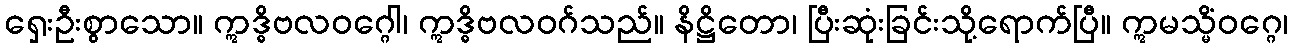
ရှေးဦးစွာသော။ ဣဒ္ဓိဗလဝဂ္ဂေါ၊ ဣဒ္ဓိဗလဝဂ်သည်။ နိဋ္ဌိတော၊ ပြီးဆုံးခြင်းသို့ရောက်ပြီ။ ဣမသ္မိံဝဂ္ဂေ၊